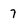
Character: 7